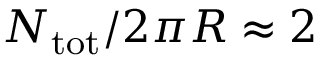
N _ { \mathrm { t o t } } / 2 \pi R \approx 2